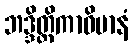
ဘဒ္ဒိတ္ထိကာဝိမာနံ